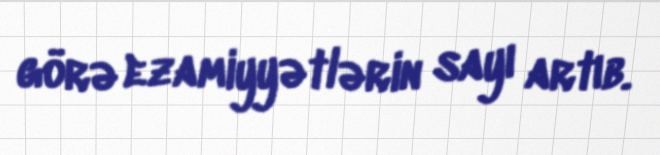
görə ezamiyyətlərin sayı artıb.